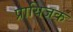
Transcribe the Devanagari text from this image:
प्रायिजक